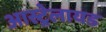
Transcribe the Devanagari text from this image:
आस्ट्रेलायड